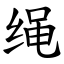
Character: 绳